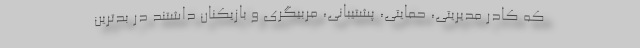
که کادر مدیریتی، حمایتی، پشتیبانی، مربیگری و بازیکنان داشتند در بدترین